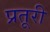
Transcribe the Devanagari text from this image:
प्रतूरी